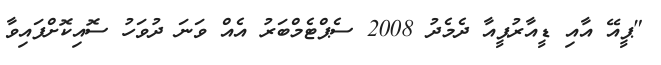
"ޕީއޭ އާއި ޑީއާރުޕީއާ ދެމެދު 2008 ސެޕްޓެމްބަރު އެއް ވަނަ ދުވަހު ސޮއިކޮށްފައިވާ